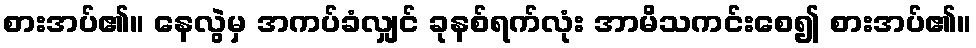
စားအပ်၏။ နေလွဲမှ အကပ်ခံလျှင် ခုနစ်ရက်လုံး အာမိသကင်းစေ၍ စားအပ်၏။